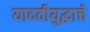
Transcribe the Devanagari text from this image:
यादवीयुद्धाचे